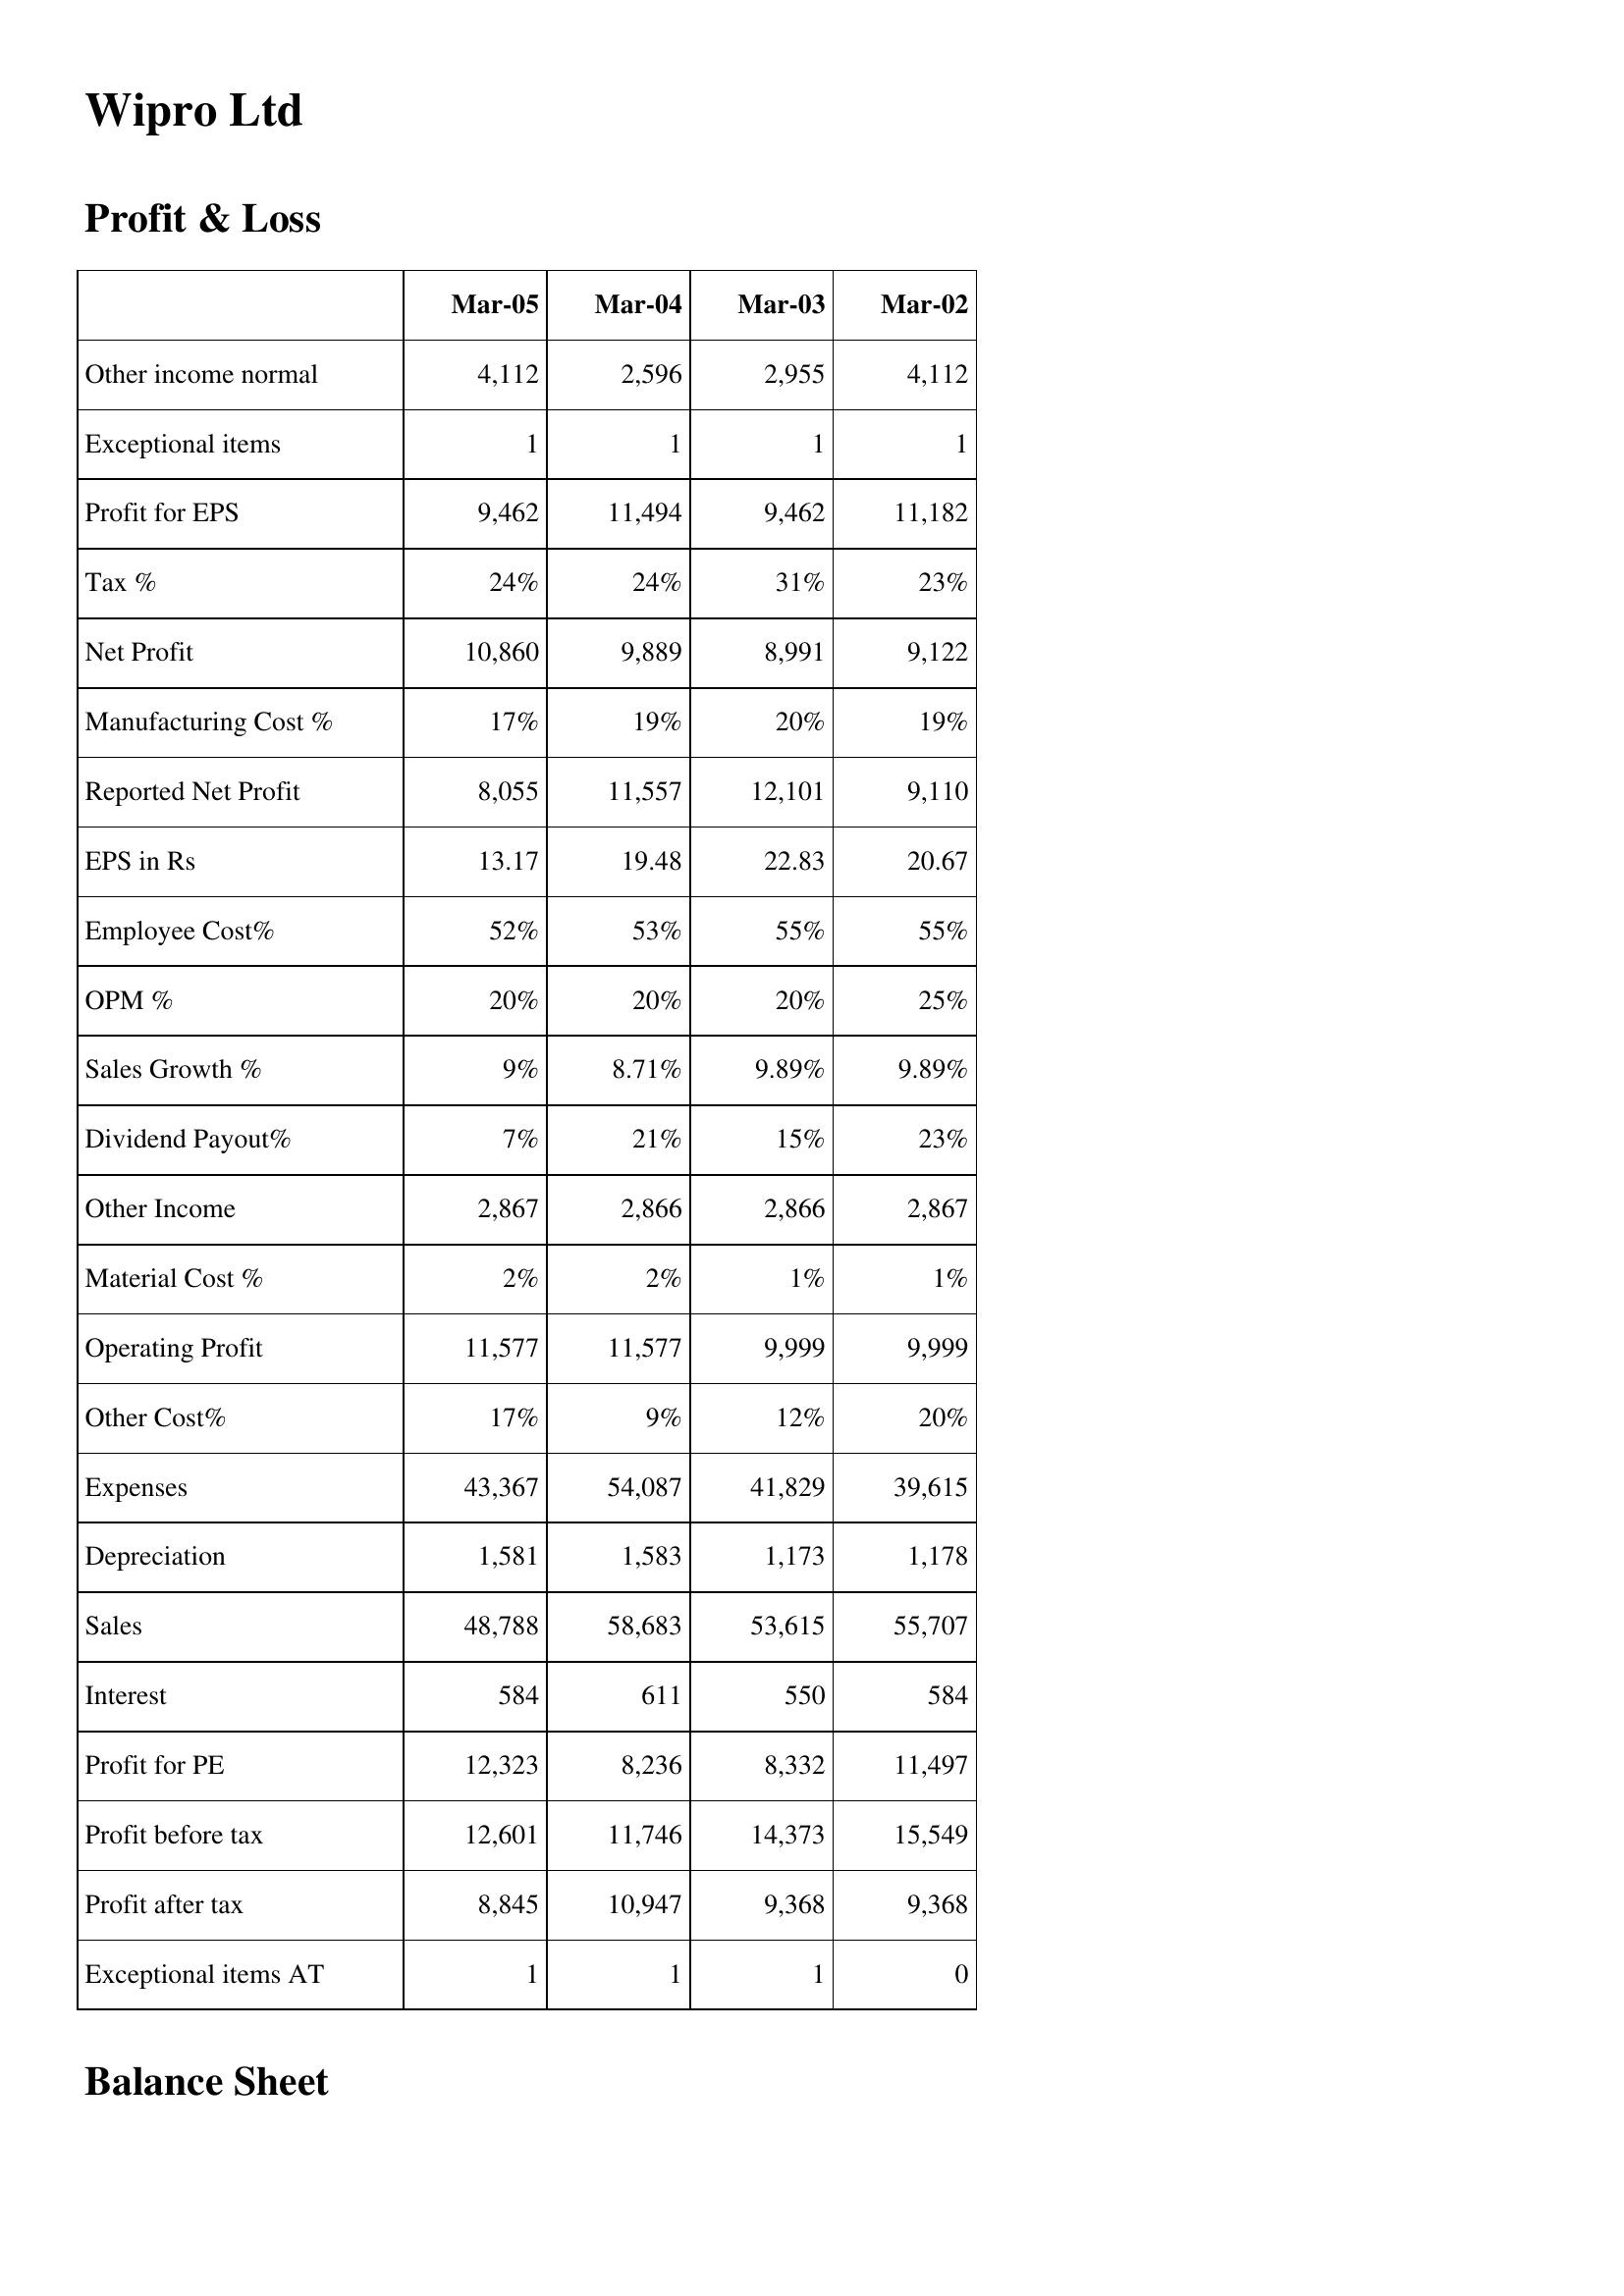
Mar-05: Profit & Loss: Other income normal: 4,112
Exceptional items: 1
Profit for EPS: 9,462
Tax %: 24%
Net Profit: 10,860
Manufacturing Cost %: 17%
Reported Net Profit: 8,055
EPS in Rs: 13.17
Employee Cost%: 52%
OPM %: 20%
Sales Growth %: 9%
Dividend Payout%: 7%
Other Income: 2,867
Material Cost %: 2%
Operating Profit: 11,577
Other Cost%: 17%
Expenses: 43,367
Depreciation: 1,581
Sales: 48,788
Interest: 584
Profit for PE: 12,323
Profit before tax: 12,601
Profit after tax: 8,845
Exceptional items AT: 1
Mar-04: Profit & Loss: Other income normal: 2,596
Exceptional items: 1
Profit for EPS: 11,494
Tax %: 24%
Net Profit: 9,889
Manufacturing Cost %: 19%
Reported Net Profit: 11,557
EPS in Rs: 19.48
Employee Cost%: 53%
OPM %: 20%
Sales Growth %: 8.71%
Dividend Payout%: 21%
Other Income: 2,866
Material Cost %: 2%
Operating Profit: 11,577
Other Cost%: 9%
Expenses: 54,087
Depreciation: 1,583
Sales: 58,683
Interest: 611
Profit for PE: 8,236
Profit before tax: 11,746
Profit after tax: 10,947
Exceptional items AT: 1
Mar-03: Profit & Loss: Other income normal: 2,955
Exceptional items: 1
Profit for EPS: 9,462
Tax %: 31%
Net Profit: 8,991
Manufacturing Cost %: 20%
Reported Net Profit: 12,101
EPS in Rs: 22.83
Employee Cost%: 55%
OPM %: 20%
Sales Growth %: 9.89%
Dividend Payout%: 15%
Other Income: 2,866
Material Cost %: 1%
Operating Profit: 9,999
Other Cost%: 12%
Expenses: 41,829
Depreciation: 1,173
Sales: 53,615
Interest: 550
Profit for PE: 8,332
Profit before tax: 14,373
Profit after tax: 9,368
Exceptional items AT: 1
Mar-02: Profit & Loss: Other income normal: 4,112
Exceptional items: 1
Profit for EPS: 11,182
Tax %: 23%
Net Profit: 9,122
Manufacturing Cost %: 19%
Reported Net Profit: 9,110
EPS in Rs: 20.67
Employee Cost%: 55%
OPM %: 25%
Sales Growth %: 9.89%
Dividend Payout%: 23%
Other Income: 2,867
Material Cost %: 1%
Operating Profit: 9,999
Other Cost%: 20%
Expenses: 39,615
Depreciation: 1,178
Sales: 55,707
Interest: 584
Profit for PE: 11,497
Profit before tax: 15,549
Profit after tax: 9,368
Exceptional items AT: 0